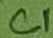
Text: C1